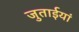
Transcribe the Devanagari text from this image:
जुताईयां